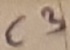
Text: C3